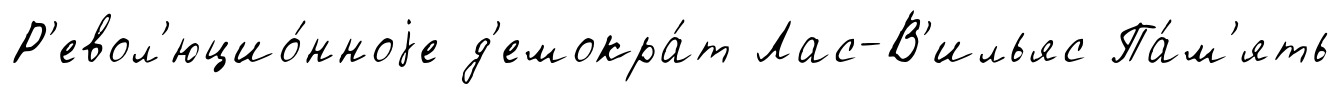
Р'евол'юцио́нноjе д'емокра́т Лас-В'ильяс Па́м'ять